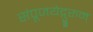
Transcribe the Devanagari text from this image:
संपूजयेद्गुरुम्